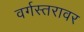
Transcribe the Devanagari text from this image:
वर्गस्तरावर